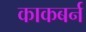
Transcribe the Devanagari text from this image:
काकबर्न